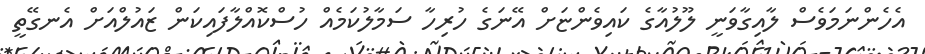
އެހެންނަމަވެސް ލާއިގާވަނީ ލޫލުއާގެ ކައިވެންޏަށް އޭނަގެ ހުރިހާ ސަމާލުކަމެއް ހުސްކޮއްލާފައިކަން ޒައުލްއަށް އެނގޭތީ